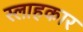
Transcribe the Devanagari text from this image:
स्लाहकार